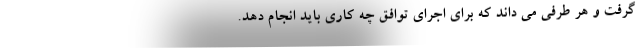
گرفت و هر طرفی می داند که برای اجرای توافق چه کاری باید انجام دهد.